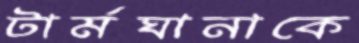
টার্মঘানাকে